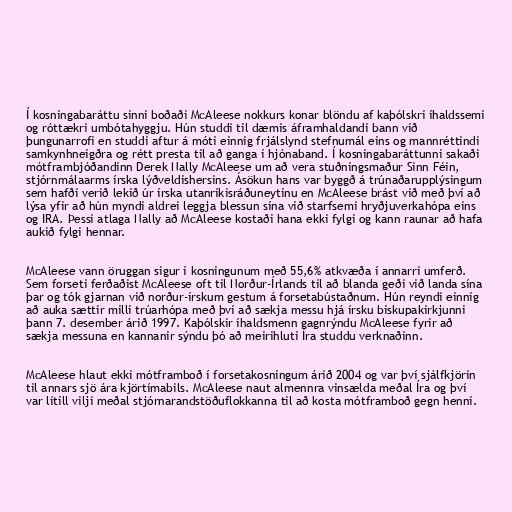
Í kosningabaráttu sinni boðaði McAleese nokkurs konar blöndu af kaþólskri íhaldssemi
og róttækri umbótahyggju. Hún studdi til dæmis áframhaldandi bann við
þungunarrofi en studdi aftur á móti einnig frjálslynd stefnumál eins og mannréttindi
samkynhneigðra og rétt presta til að ganga í hjónaband. Í kosningabaráttunni sakaði
mótframbjóðandinn Derek Nally McAleese um að vera stuðningsmaður Sinn Féin,
stjórnmálaarms írska lýðveldishersins. Ásökun hans var byggð á trúnaðarupplýsingum
sem hafði verið lekið úr írska utanríkisráðuneytinu en McAleese brást við með því að
lýsa yfir að hún myndi aldrei leggja blessun sína við starfsemi hryðjuverkahópa eins
og IRA. Þessi atlaga Nally að McAleese kostaði hana ekki fylgi og kann raunar að hafa
aukið fylgi hennar.

McAleese vann öruggan sigur í kosningunum með 55,6% atkvæða í annarri umferð.
Sem forseti ferðaðist McAleese oft til Norður-Írlands til að blanda geði við landa sína
þar og tók gjarnan við norður-írskum gestum á forsetabústaðnum. Hún reyndi einnig
að auka sættir milli trúarhópa með því að sækja messu hjá írsku biskupakirkjunni
þann 7. desember árið 1997. Kaþólskir íhaldsmenn gagnrýndu McAleese fyrir að
sækja messuna en kannanir sýndu þó að meirihluti Íra studdu verknaðinn.

McAleese hlaut ekki mótframboð í forsetakosningum árið 2004 og var því sjálfkjörin
til annars sjö ára kjörtímabils. McAleese naut almennra vinsælda meðal Íra og því
var lítill vilji meðal stjórnarandstöðuflokkanna til að kosta mótframboð gegn henni.